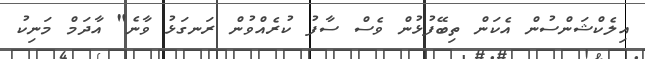
އިލެކްޝަންސުން އެކަން ތިބޭފުޅުން ވެސް ސާފު ކުރެއްވުން ރަނގަޅު ވާނެ" އާދަމް މަނިކު